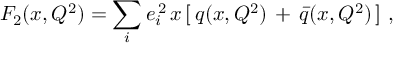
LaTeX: F _ { 2 } ( x , Q ^ { 2 } ) = \sum _ { i } e _ { i } ^ { \, 2 } \, x \, [ \, q ( x , Q ^ { 2 } ) \, + \, \bar { q } ( x , Q ^ { 2 } ) \, ] \ ,